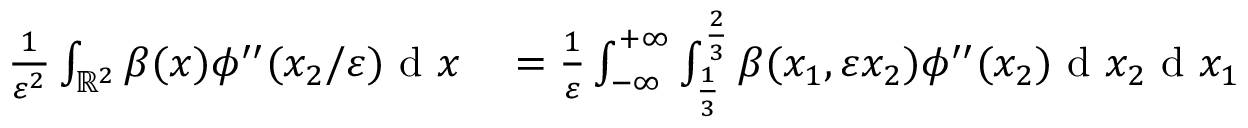
\begin{array} { r l } { \frac { 1 } { \varepsilon ^ { 2 } } \int _ { \mathbb { R } ^ { 2 } } \beta ( x ) \phi ^ { \prime \prime } ( x _ { 2 } / \varepsilon ) \textrm { d } x } & { { } = \frac { 1 } { \varepsilon } \int _ { - \infty } ^ { + \infty } \int _ { \frac { 1 } { 3 } } ^ { \frac { 2 } { 3 } } \beta ( x _ { 1 } , \varepsilon x _ { 2 } ) \phi ^ { \prime \prime } ( x _ { 2 } ) \textrm { d } x _ { 2 } \textrm { d } x _ { 1 } } \end{array}